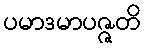
ပမာဒမာပဇ္ဇတိ